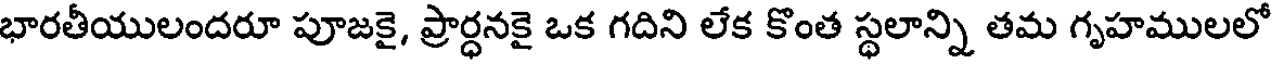
భారతీయులందరూ పూజకై, ప్రార్ధనకై ఒక గదిని లేక కొంత స్థలాన్ని తమ గృహములలో